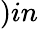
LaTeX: )in